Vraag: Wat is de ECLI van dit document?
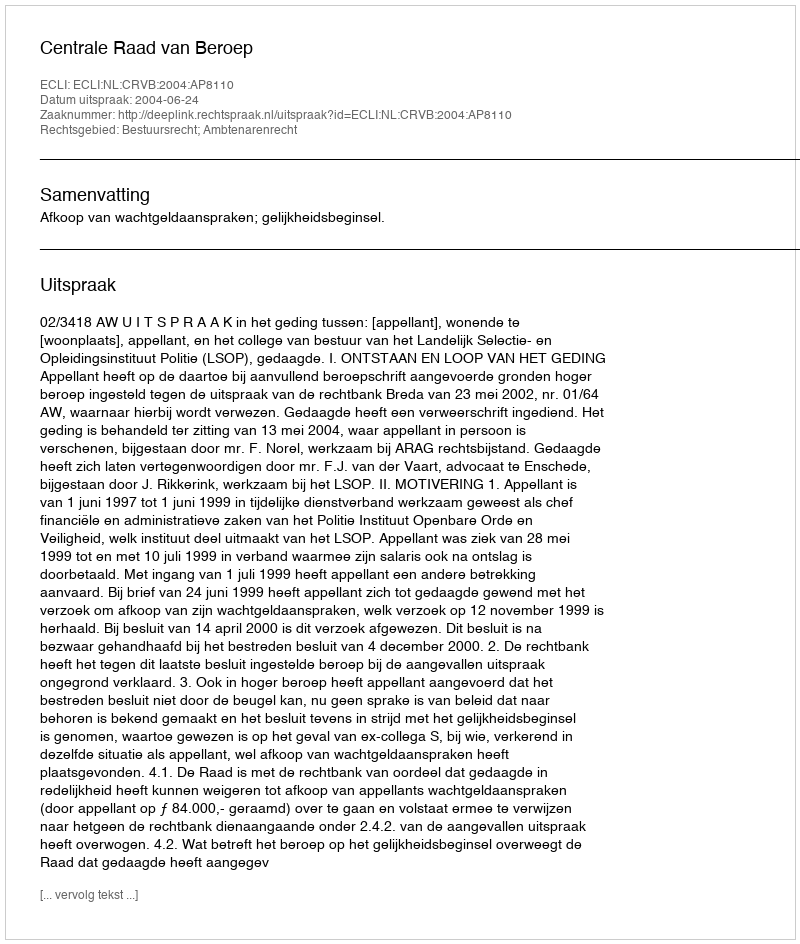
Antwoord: ECLI:NL:CRVB:2004:AP8110